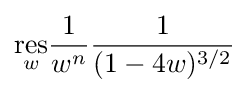
{\underset {w}{\mathrm {res} }}{\frac {1}{w^{n}}}{\frac {1}{(1-4w)^{3/2}}}